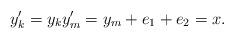
LaTeX: \begin{align*} y_k' = y_k y_m'=y_m+e_1+e_2=x. \end{align*}